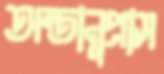
অন্তানুপ্রাস